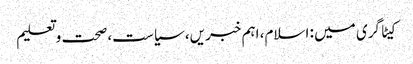
کیٹاگری میں : اسلام، اہم خبریں، سیاست، صحت و تعلیم